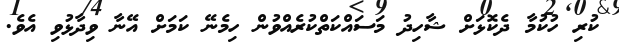
ކުރި ހުކުމާ ދެކޮޅަށް ޝާހިދު މަސައްކަތްކުރެއްވުން ހިމެނޭ ކަމަށް އޭނާ ވިދާޅުވި އެވެ.